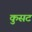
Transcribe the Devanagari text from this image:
कुसट